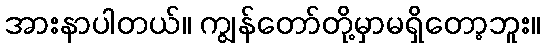
အားနာပါတယ်။ ကျွန်တော်တို့မှာမရှိတော့ဘူး။